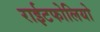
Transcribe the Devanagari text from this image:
राईटफोलियो